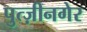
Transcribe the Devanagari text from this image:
पुत्ज़ीनगेर